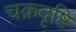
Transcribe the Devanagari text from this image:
चक्रदृष्टि